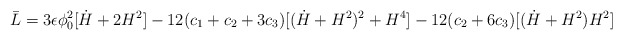
\begin{align*}\bar{L} = 3 \epsilon \phi_0^2 [ \dot{H} +2H^2 ]-12 (c_1+c_2+3 c_3) [ (\dot{H} +H^2)^2 + H^4]-12 (c_2+6 c_3) [ (\dot{H} +H^2)H^2 ] \end{align*}